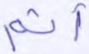
أثم